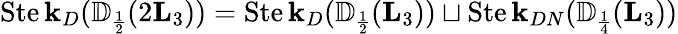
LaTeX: \operatorname{Ste\mathbf{k}}_{D}({\mathbb{{D}}}_{\scriptscriptstyle{\frac{{1}}{{2}}}}(2\mathbf{L}_{3}))=\operatorname{Ste\mathbf{k}}_{D}({\mathbb{{D}}}_{\scriptscriptstyle{\frac{{1}}{{2}}}}(\mathbf{L}_{3}))\sqcup\operatorname{Ste\mathbf{k}}_{DN}({\mathbb{{D}}}_{\scriptscriptstyle{\frac{{1}}{{4}}}}(\mathbf{L}_{3}))